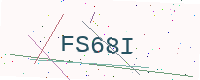
Text: FS68I